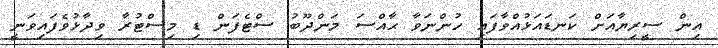
އިން ސީރިޔާއަށް ކަނޑައަޅުއްވާފައި ހުންނަވާ ޙާއްސަ މަންދޫބު ސްޓެފަން ޑި މިސްޓުރާ ވިދާޅުވެފައިވަނީ